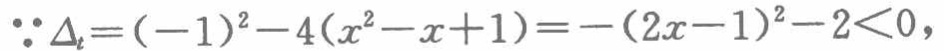
\(\because \Delta _{t}=(-1)^{2}-4(x^{2}-x + 1)=-(2x - 1)^{2}-2<0\)，